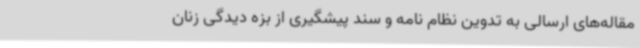
مقاله‌های ارسالی به تدوین نظام نامه و سند پیشگیری از بزه دیدگی زنان